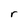
Character: r